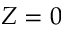
Z = 0